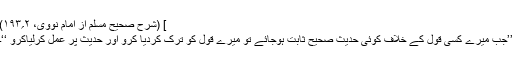
] (شرح صحیح مسلم از امام نووی، ۲؍۱۹۳)
’’جب میرے کسی قول کے خلاف کوئی حدیث صحیح ثابت ہوجائے تو میرے قول کو ترک کردیا کرو اور حدیث پر عمل کرلیاکرو ‘‘۔